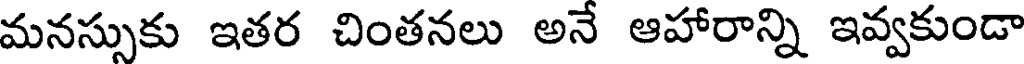
మనస్సుకు ఇతర చింతనలు అనే ఆహారాన్ని ఇవ్వకుండా